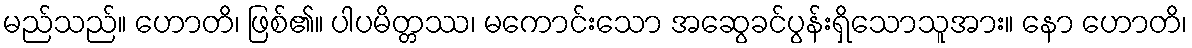
မည်သည်။ ဟောတိ၊ ဖြစ်၏။ ပါပမိတ္တဿ၊ မကောင်းသော အဆွေခင်ပွန်းရှိသောသူအား။ နော ဟောတိ၊